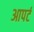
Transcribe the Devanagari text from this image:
आपर्ट